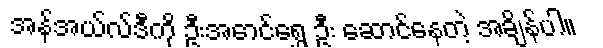
အန်အယ်လ်ဒီကို ဦးအောင်ရွှေ ဦး ဆောင်နေတဲ့ အချိန်ပါ။